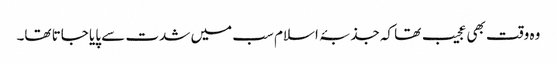
وہ وقت بھی عجیب تھا کہ جذبۂ اسلام سب میں شدت سے پایا جاتا تھا۔